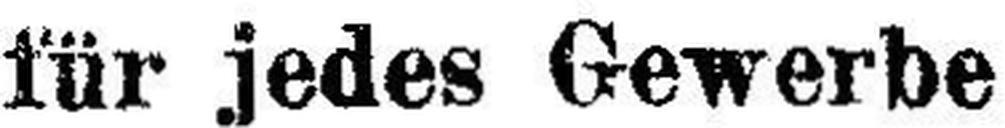
für jedes Gewerbe